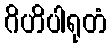
ဂိဟိပါရုတံ